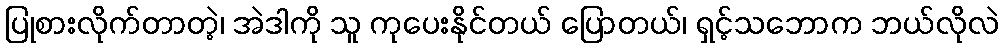
ပြုစားလိုက်တာတဲ့၊ အဲဒါကို သူ ကုပေးနိုင်တယ် ပြောတယ်၊ ရှင့်သဘောက ဘယ်လိုလဲ